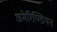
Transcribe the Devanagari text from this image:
अमेरिण्डियन